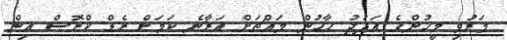
މަރުވި މީހުންގެ އަދަދު ހާހުން މައްޗަށް އަރާނެ ކަމަށް ރެޑް ކްރޮސް އިން